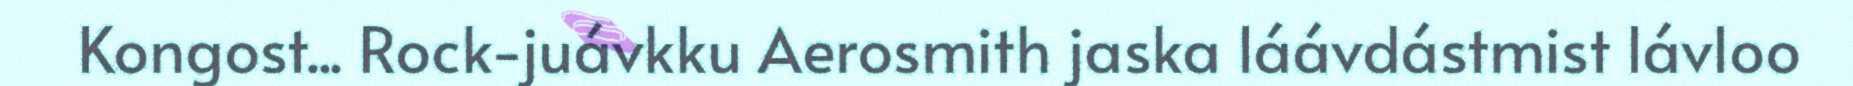
Kongost... Rock-juávkku Aerosmith jaska láávdástmist lávloo